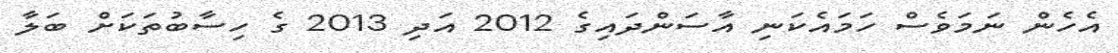
އެހެން ނަމަވެސް ހަމައެކަނި އާސަންދައިގެ 2012 އަދި 2013 ގެ ހިސާބުތަކަށް ބަލާ